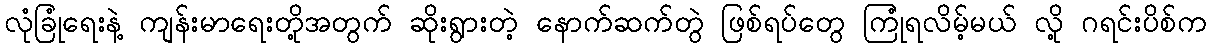
လုံခြုံရေးနဲ့ ကျန်းမာရေးတို့အတွက် ဆိုးရွားတဲ့ နောက်ဆက်တွဲ ဖြစ်ရပ်တွေ ကြုံရလိမ့်မယ် လို့ ဂရင်းပိစ်က